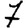
Digit: 7